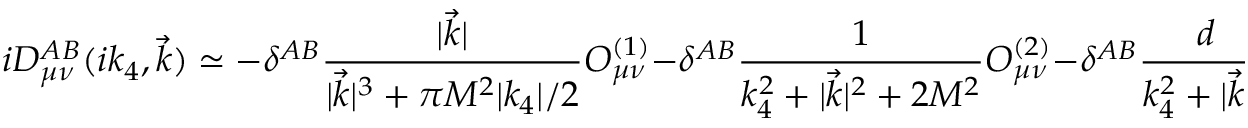
i { \cal D } _ { \mu \nu } ^ { A B } ( i k _ { 4 } , \vec { k } ) \simeq - \delta ^ { A B } \frac { | \vec { k } | } { | \vec { k } | ^ { 3 } + \pi M ^ { 2 } | k _ { 4 } | / 2 } O _ { \mu \nu } ^ { ( 1 ) } - \delta ^ { A B } \frac { 1 } { k _ { 4 } ^ { 2 } + | \vec { k } | ^ { 2 } + 2 M ^ { 2 } } O _ { \mu \nu } ^ { ( 2 ) } - \delta ^ { A B } \frac { d } { k _ { 4 } ^ { 2 } + | \vec { k } | ^ { 2 } } O _ { \mu \nu } ^ { ( 3 ) } ,